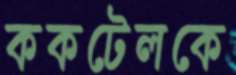
ককটেলকে